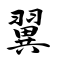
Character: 翼